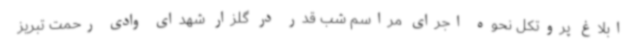
ابلاغ پروتکل نحوه اجرای مراسم شب قدر در گلزار شهدای وادی رحمت تبریز